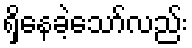
ရှိနေခဲ့သော်လည်း